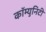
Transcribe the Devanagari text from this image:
कॉम्युनिटी